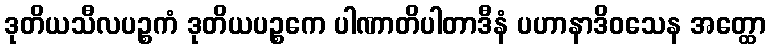
ဒုတိယသီလပဉ္စကံ ဒုတိယပဉ္စကေ ပါဏာတိပါတာဒီနံ ပဟာနာဒိဝသေန အတ္ထော